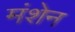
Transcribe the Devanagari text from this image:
मंशेन